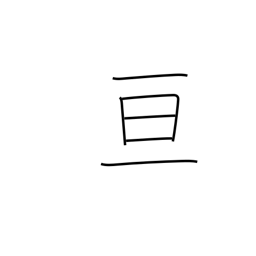
Meaning: extend over